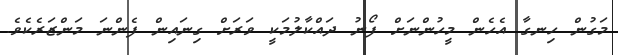
މަގުން ހިނގާ އެހެން މީހުންނަށް ފޯނު ދައްކާލުމަކީ ވަރަށް ގިނައިން ފެންނަ މަންޒަރެކެވެ.